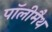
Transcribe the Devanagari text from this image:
पॉलीमैथ